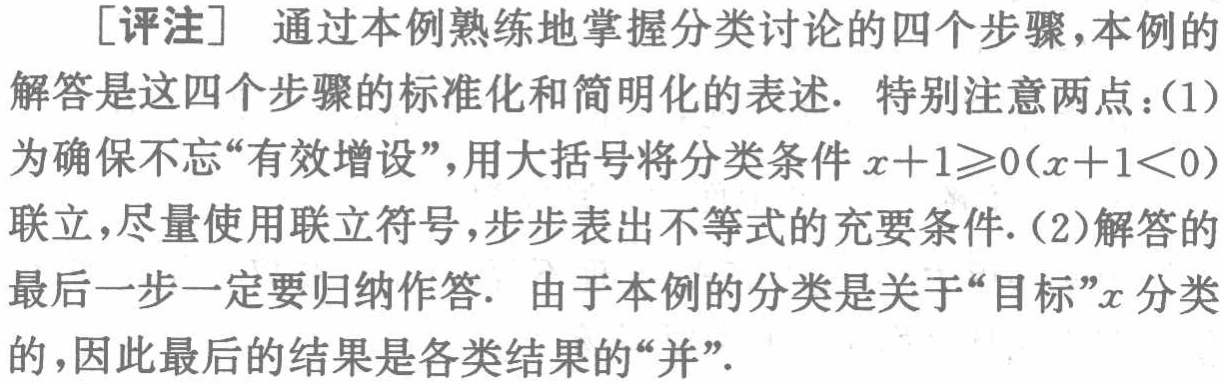
[评注] 通过本例熟练地掌握分类讨论的四个步骤, 本例的解答是这四个步骤的标准化和简明化的表述. 特别注意两点：(1)为确保不忘“有效增设”, 用大括号将分类条件 \(x + 1\geqslant0(x + 1<0)\) 联立, 尽量使用联立符号, 步步表出不等式的充要条件. (2)解答的最后一步一定要归纳作答. 由于本例的分类是关于“目标”\(x\) 分类的, 因此最后的结果是各类结果的“并”.